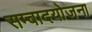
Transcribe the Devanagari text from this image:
सम्वादयोजना